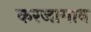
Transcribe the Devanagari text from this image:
करजागाव